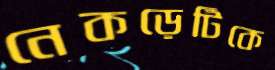
নেকড়েটিকে